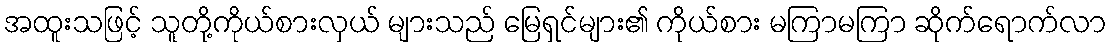
အထူးသဖြင့် သူတို့ကိုယ်စားလှယ် များသည် မြေရှင်များ၏ ကိုယ်စား မကြာမကြာ ဆိုက်ရောက်လာ